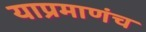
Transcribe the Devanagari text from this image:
याप्रमाणंच